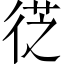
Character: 徔